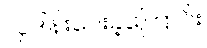
လှူဒါန်းပေးခဲ့ကြောင်း